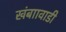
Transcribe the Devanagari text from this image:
खंबाावाडी